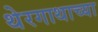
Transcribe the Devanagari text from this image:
थेरगाथाच्या